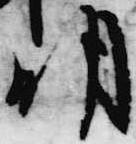
明